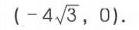
\(( - 4\sqrt{3}, 0)\)